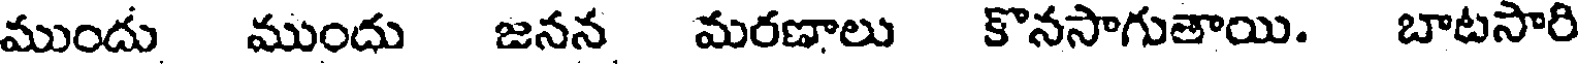
ముందు ముందు జనన మరణాలు కొనసాగుతాయి. బాటసారి